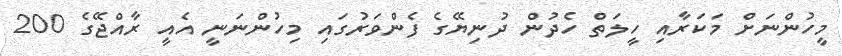
މީހުންނަށް މަކަރާއި ހީލަތް ހެދުން ދުނިޔޭގެ ފެންވަރުގައި މިހުންނަނީ އެއީ ރާއްޖޭގެ 200